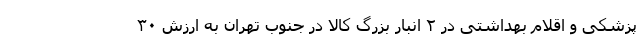
پزشکی و اقلام بهداشتی در ۲ انبار بزرگ کالا در جنوب تهران به ارزش ۳۰